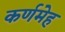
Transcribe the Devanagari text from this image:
कर्णमेह